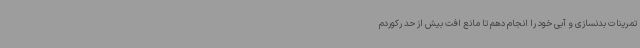
تمرینات بدنسازی و آبی خود را انجام دهم تا مانع افت بیش از حد رکوردم